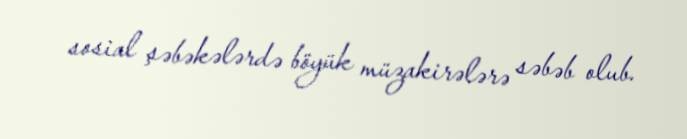
sosial şəbəkələrdə böyük müzakirələrə səbəb olub.